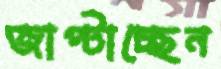
জাপ্‌টাচ্ছেন